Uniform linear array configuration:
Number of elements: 24
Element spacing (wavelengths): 0.5
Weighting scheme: kaiser
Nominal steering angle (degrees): -45
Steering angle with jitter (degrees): -44.914
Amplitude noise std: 0.05
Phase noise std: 0.05

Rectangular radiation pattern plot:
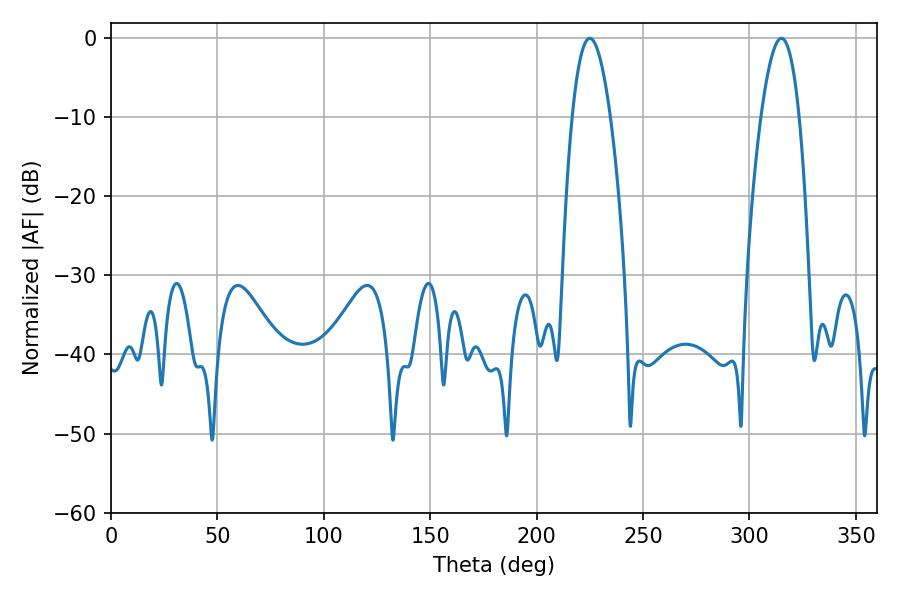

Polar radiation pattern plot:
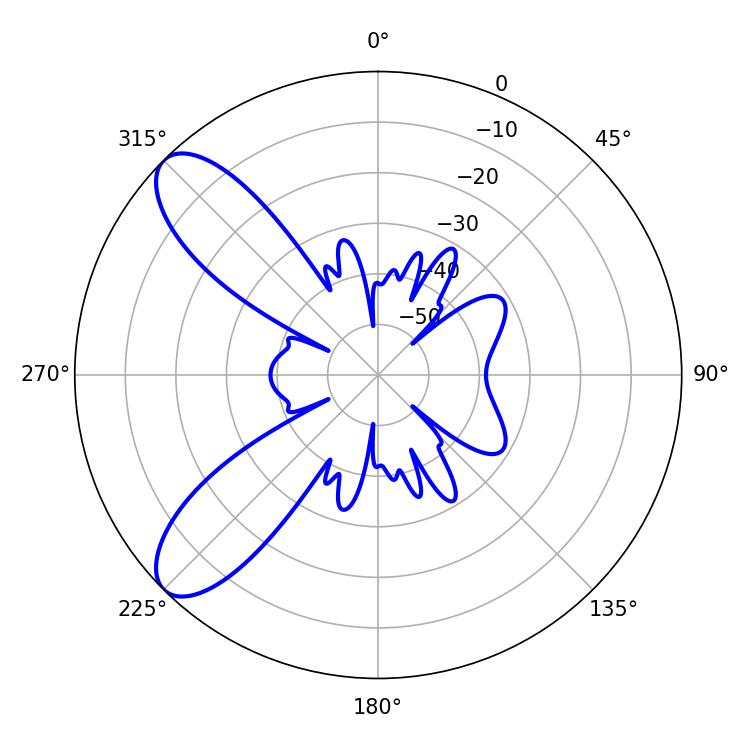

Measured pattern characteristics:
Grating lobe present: FALSE
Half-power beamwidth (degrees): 9.72
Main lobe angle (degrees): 225